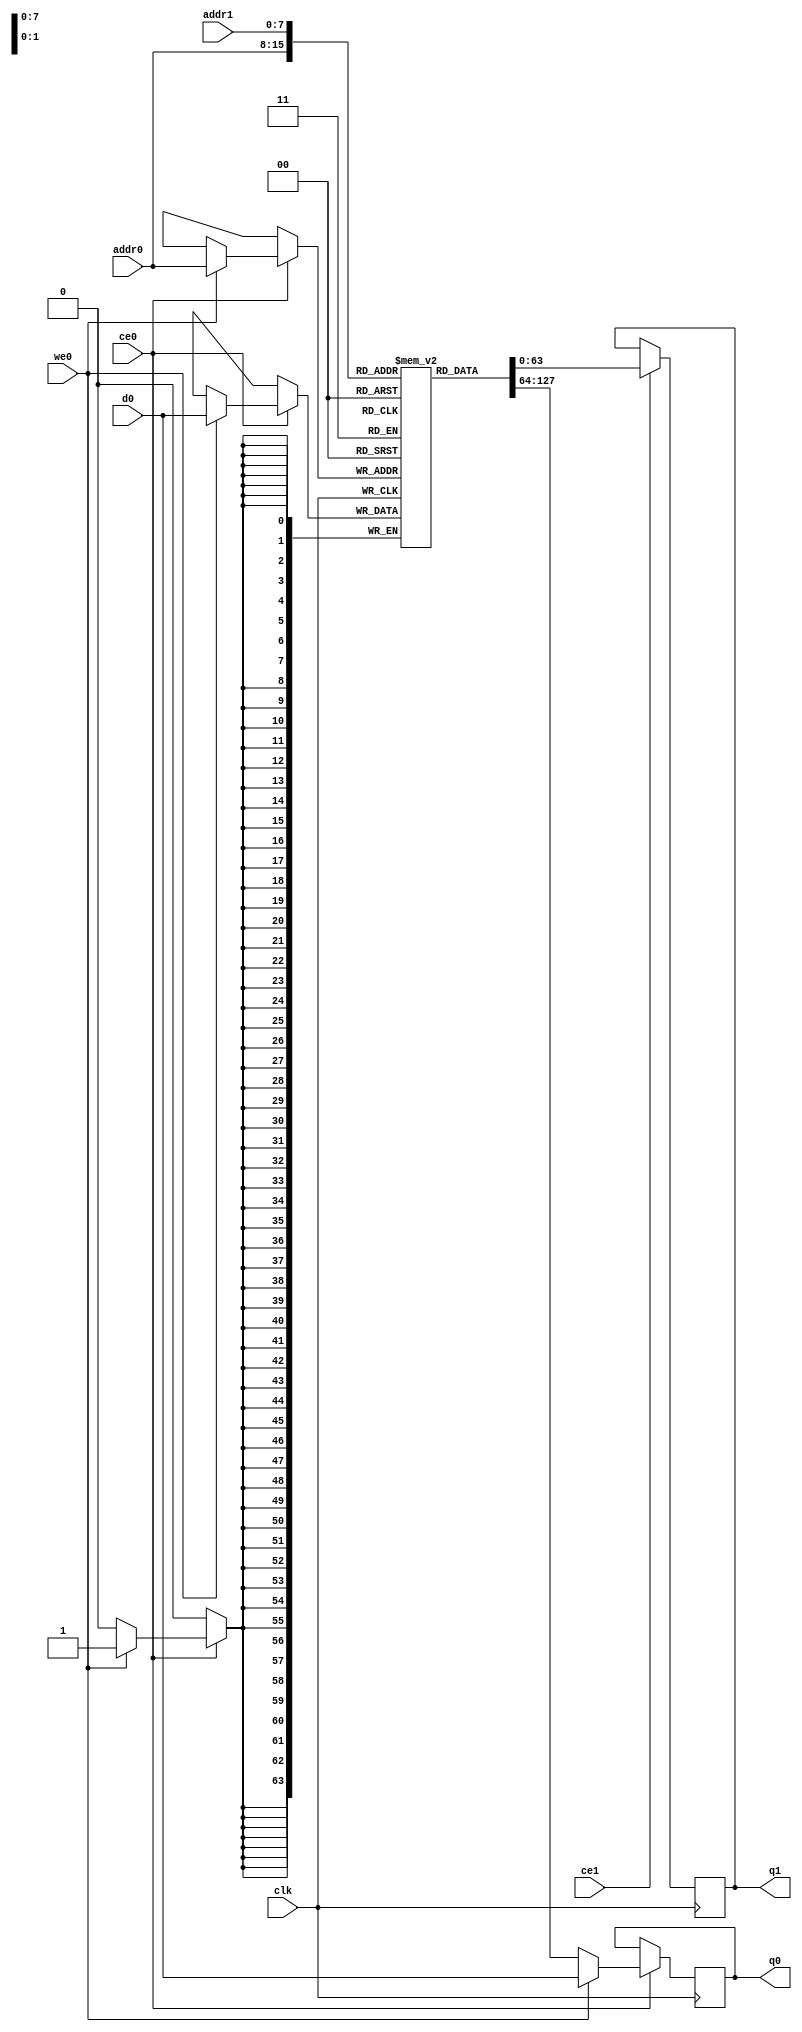
module feedforward_p_uOut_ram (addr0, ce0, d0, we0, q0, addr1, ce1, q1,  clk);

parameter DWIDTH = 64;
parameter AWIDTH = 8;
parameter MEM_SIZE = 140;

input[AWIDTH-1:0] addr0;
input ce0;
input[DWIDTH-1:0] d0;
input we0;
output reg[DWIDTH-1:0] q0;
input[AWIDTH-1:0] addr1;
input ce1;
output reg[DWIDTH-1:0] q1;
input clk;

(* ram_style = "block" *)reg [DWIDTH-1:0] ram[MEM_SIZE-1:0];




always @(posedge clk)  
begin 
    if (ce0) 
    begin
        if (we0) 
        begin 
            ram[addr0] <= d0; 
            q0 <= d0;
        end 
        else 
            q0 <= ram[addr0];
    end
end


always @(posedge clk)  
begin 
    if (ce1) 
    begin
            q1 <= ram[addr1];
    end
end


endmodule